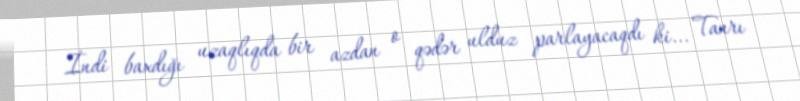
İndi baxdığı uzaqlıqda bir azdan o qədər ulduz parlayacaqdı ki... Tanrı